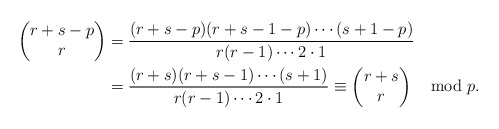
\begin{align*} \begin{pmatrix} r+s-p \\ r \end{pmatrix} &= \frac{(r+s-p)(r+s-1-p)\cdots (s+1-p)}{r(r-1)\cdots 2\cdot 1} \\ &= \frac{(r+s)(r+s-1) \cdots (s+1)}{r(r-1)\cdots 2 \cdot 1} \equiv \begin{pmatrix} r+s \\ r \end{pmatrix} \mod p.\end{align*}